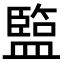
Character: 𥂭